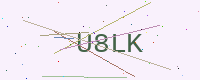
Text: U8LK